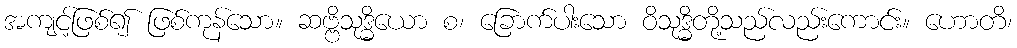
အကျင့်ဖြစ်၍ ဖြစ်ကုန်သော။ ဆဗ္ဗိသုဒ္ဓိယော စ၊ ခြောက်ပါးသော ဝိသုဒ္ဓိတို့သည်လည်းကောင်း။ ဟောတိ၊